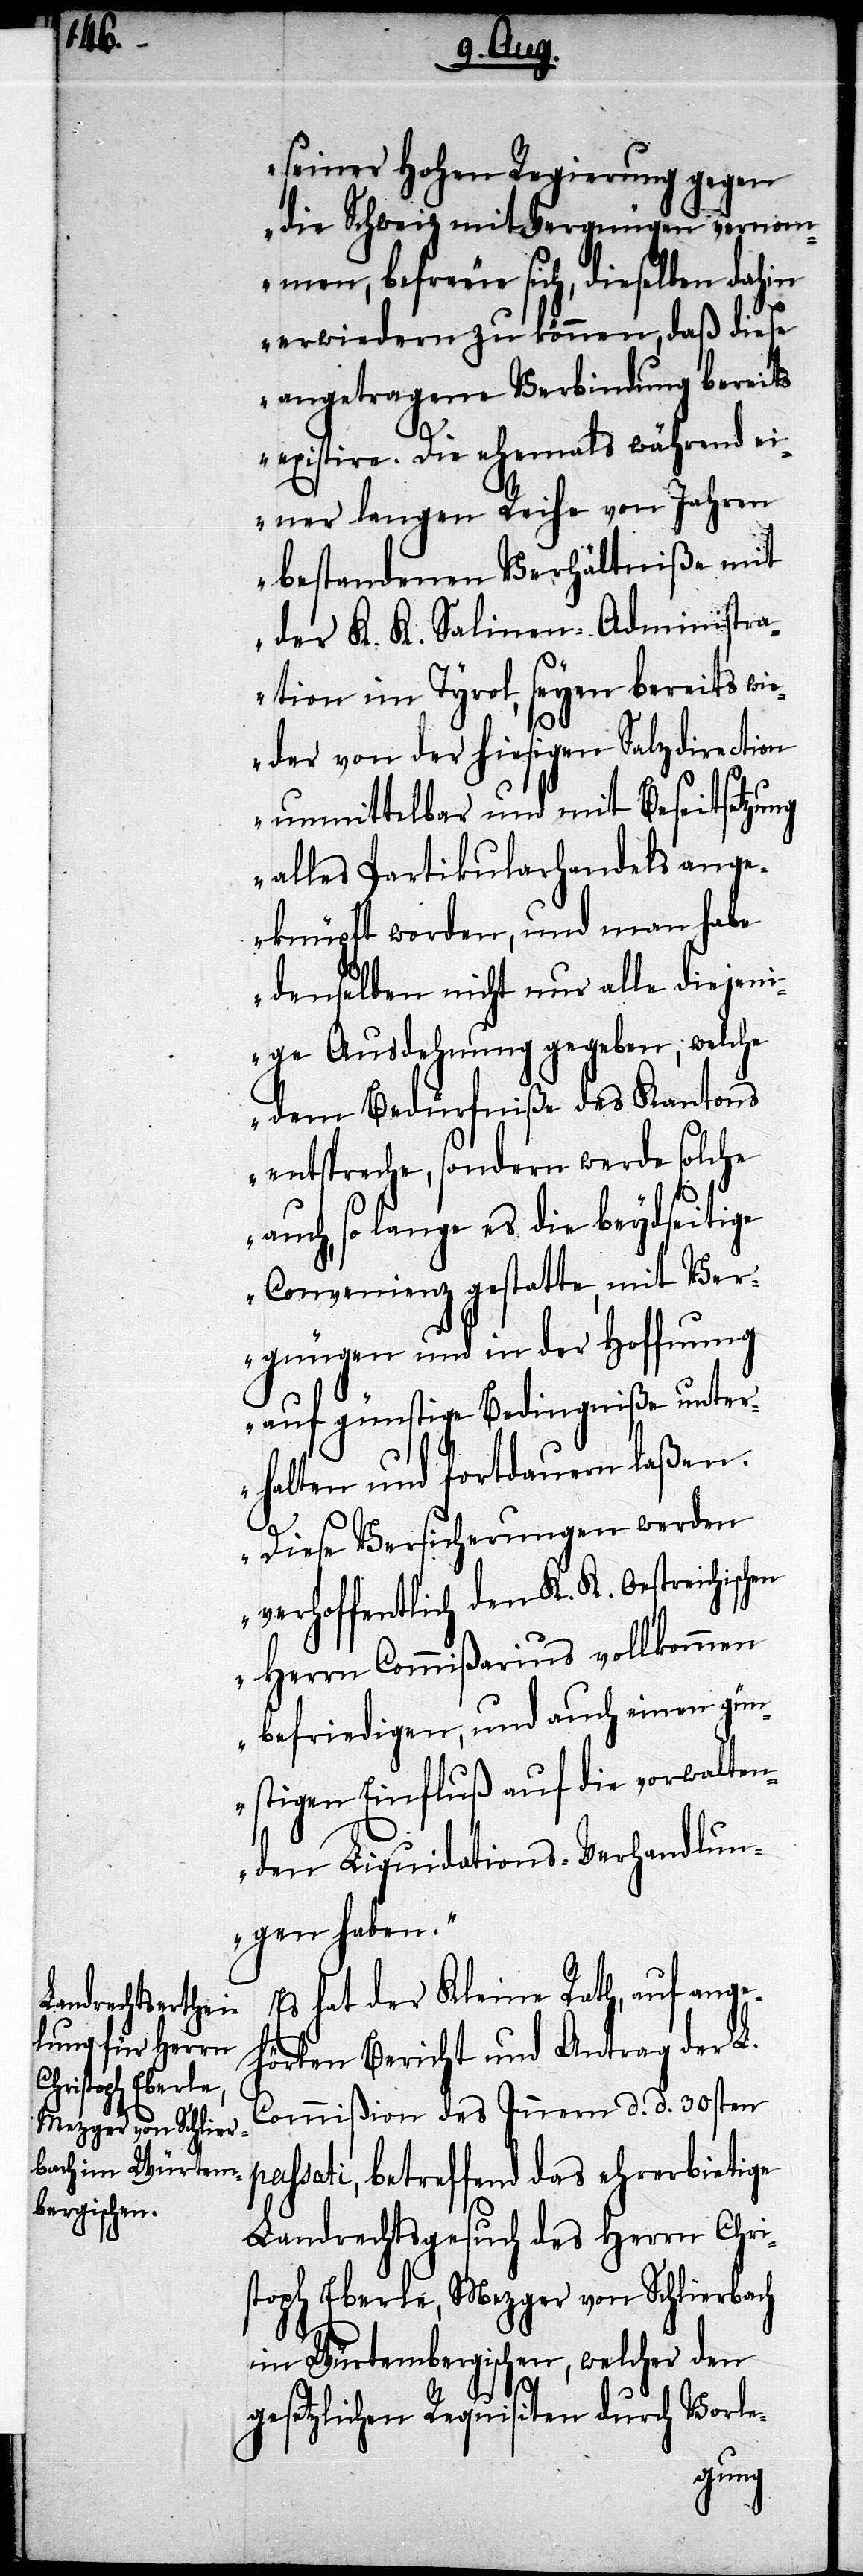
seiner Hohen Regierung gegen
die Schweiz mit Vergnügen vernom¬
men, befreue sich, dieselben dahin
erwiedern zu können, daß diese
angetragene Verbindung bereits
existire. Die ehemals während ei¬
ner langen Reihe von Jahren
bestandenen Verhältniße mit
der K. K. Salinen-Administra¬
tion im Tyrol, seyen bereits wi¬
eder von der hiesigen Salzdirection
unmittelbar und mit Beseitsetzung
alles Partikularhandels ange¬
knüpft worden, und man habe
denselben nicht nur alle diejen¬
ige Ausdehnung gegeben, welche
dem Bedürfniße des Kantons
entspreche, sondern werde solche
auch, so lange es die beydseitige
Convenienz gestatte, mit Ver¬
gnügen und in der Hoffnung
auf günstige Bedingniße unter¬
halten und fortdauern laßen.
p¬
Diese Versicherungen werden
verhoffentlich den K. K. Oestreichischen
Herrn Commißarius vollkommen
befriedigen, und auch einen gün¬
stigen Einfluß auf die vorwalten¬
den Liquidations-Verhandlun¬
gen haben.“
Es hat der Kleine Rath, auf ange¬
hörten Bericht und Antrag der L.
Commißion des Innern d. d. 30sten
assati, betreffend des ehrerbietige
Landrechtsgesuch des Herrn Chri¬
stoph Eberle, Mezger von Schlierbach
im Würtembergischen, welcher den
gesetzlichen Requisiten durch Vorle-